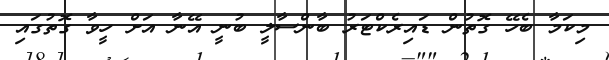
މިކަމާ ބެހޭ ގޮތުން ޑައިރެކްޓަރު ބާންސާލީ ބުނީ އޭނާ އަށް ހީވާ ގޮތުގައި